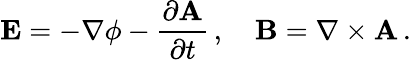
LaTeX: \mathbf{E}=-\nabla\phi-{\frac{\partial\mathbf{A}}{\partial t}}\, ,\quad\mathbf{B}=\nabla\times\mathbf{A}\, .